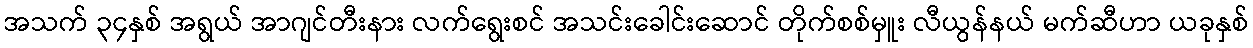
အသက် ၃၄နှစ် အရွယ် အာဂျင်တီးနား လက်ရွေးစင် အသင်းခေါင်းဆောင် တိုက်စစ်မှူး လီယွန်နယ် မက်ဆီဟာ ယခုနှစ်